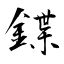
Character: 鍱